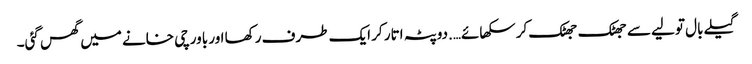
گیلے بال تولیے سے جھٹک جھٹک کر سکھائے….دوپٹہ اتار کر ایک طرف رکھا اور باورچی خانے میں گھس گئی۔